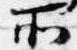
所